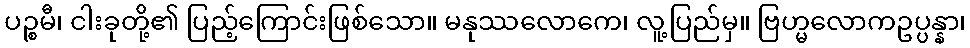
ပဉ္စမီ၊ ငါးခုတို့၏ ပြည့်ကြောင်းဖြစ်သော။ မနုဿလောကေ၊ လူ့ပြည်မှ။ ဗြဟ္မလောကဥပ္ပန္နာ၊